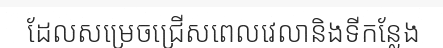
ដែលសម្រេចជ្រើសពេលវេលានិងទីកន្លែង